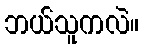
ဘယ်သူကလဲ။